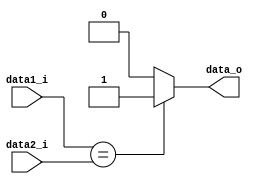
module Equal32_2
(
	data1_i,
	data2_i,
	data_o,
);

	parameter width = 32;

    input   [width - 1: 0]     data1_i;
    input   [width - 1: 0]     data2_i;
    output                     data_o;

	assign data_o = (data1_i == data2_i) ? 1'b1 : 1'b0;

endmodule